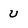
Character: U